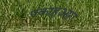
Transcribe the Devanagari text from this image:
पकाहुआरा